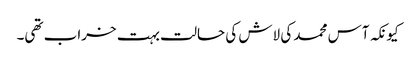
کیونکہ آس محمد کی لاش کی حالت بہت خراب تھی۔